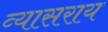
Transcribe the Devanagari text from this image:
व्यासराय